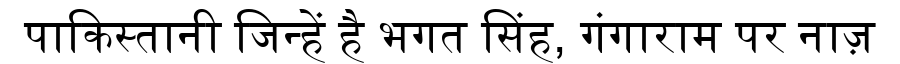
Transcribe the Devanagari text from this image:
पाकिस्तानी जिन्हें है भगत सिंह, गंगाराम पर नाज़